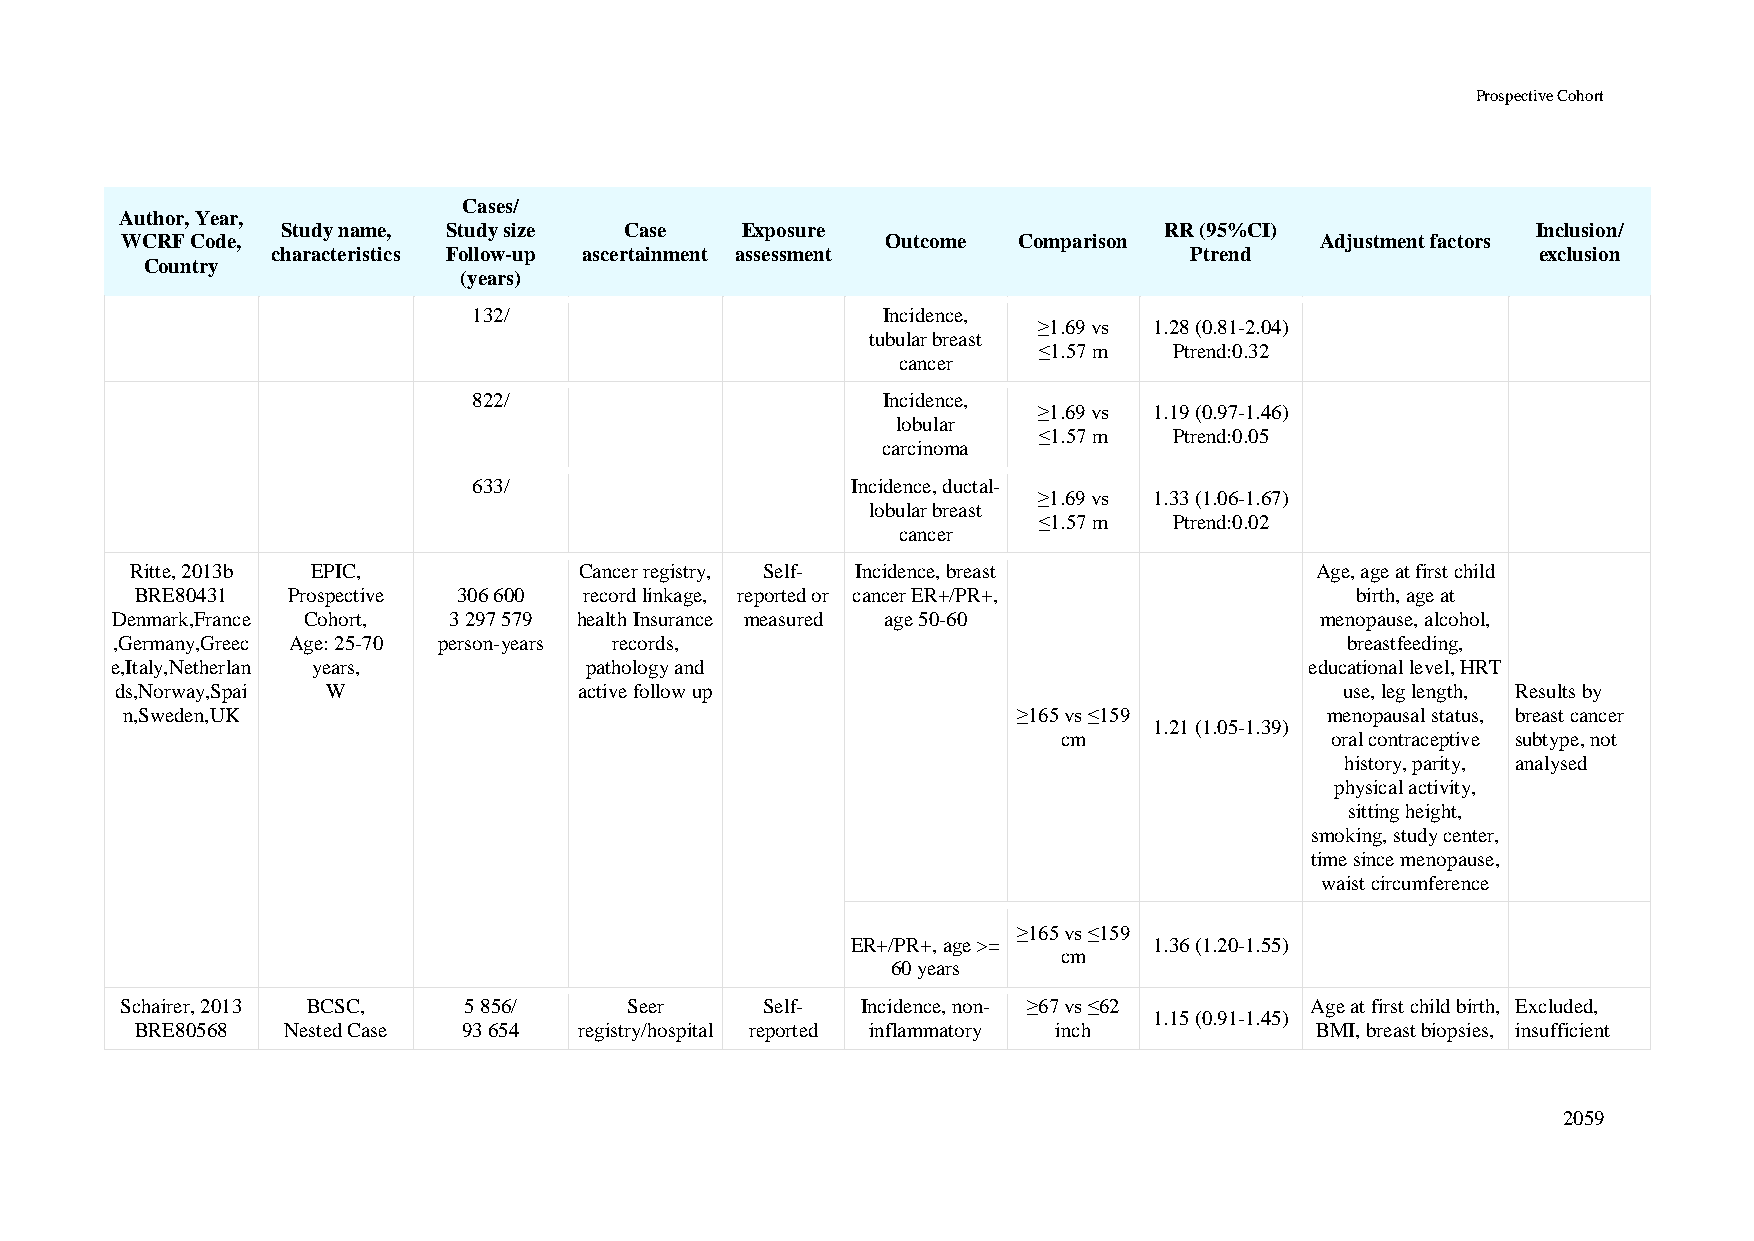
Prospective Cohort
 Cases/
 Author, Year,
 Study name, Study size Case   Exposure                    RR (95%CI)               Inclusion/
 WCRF Code,                                         Outcome Comparison          Adjustment factors
 characteristics Follow-up ascertainment assessment           Ptrend                 exclusion
 Country
 (years)
 132/                       Incidence,
 ≥1.69 vs 1.28 (0.81-2.04)
 tubular breast
 ≤1.57 m  Ptrend:0.32
 cancer
 822/                       Incidence,
 ≥1.69 vs 1.19 (0.97-1.46)
 lobular
 ≤1.57 m  Ptrend:0.05
 carcinoma
 633/                     Incidence, ductal-
 ≥1.69 vs 1.33 (1.06-1.67)
 lobular breast
 ≤1.57 m  Ptrend:0.02
 cancer
 Ritte, 2013b EPIC,           Cancer registry, Self- Incidence, breast         Age, age at first child
 BRE80431  Prospective 306 600 record linkage, reported or cancer ER+/PR+,        birth, age at
 Denmark,France Cohort, 3 297 579 health Insurance measured age 50-60            menopause, alcohol,
 ,Germany,Greec Age: 25-70 person-years records,                                   breastfeeding,
 e,Italy,Netherlan years,        pathology and                                   educational level, HRT
 ds,Norway,Spai W              active follow up                                   use, leg length, Results by
 n,Sweden,UK                                                ≥165 vs ≤159         menopausal status, breast cancer
 1.21 (1.05-1.39)
 cm                oral contraceptive subtype, not
 history, parity, analysed
 physical activity,
 sitting height,
 smoking, study center,
 time since menopause,
 waist circumference
 ≥165 vs ≤159
 ER+/PR+, age >=     1.36 (1.20-1.55)
 cm
 60 years
 Schairer, 2013 BCSC,   5 856/     Seer     Self- Incidence, non- ≥67 vs ≤62    Age at first child birth, Excluded,
 1.15 (0.91-1.45)
 BRE80568  Nested Case 93 654 registry/hospital reported inflammatory inch     BMI, breast biopsies, insufficient
 2059